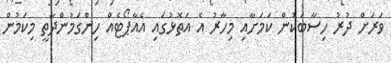
ވަރަށް ދުރު ހިސާބަކުން ކަމަށާއި މިހާރު އެ އަތޮޅުގައި އެއާޕޯޓެއް ހިންގަމުންދާތީ މިކަމުން